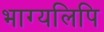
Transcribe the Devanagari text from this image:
भाग्यलिपि